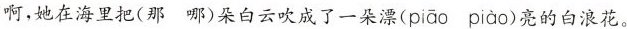
啊，她在海里把(那 哪)朵白云吹成了一朵漂(piāo piào)的浪花。